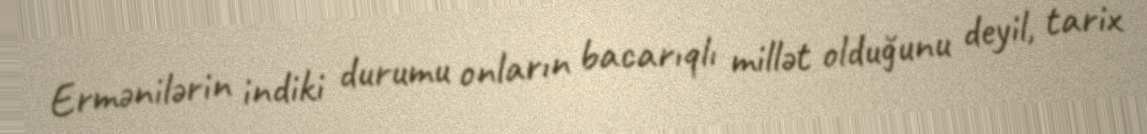
Ermənilərin indiki durumu onların bacarıqlı millət olduğunu deyil, tarix